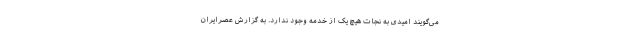
می‌گویند امیدی به نجات هیچ یک از خدمه وجود ندارد. به گزارش عصرایران